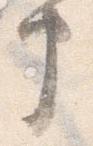
申